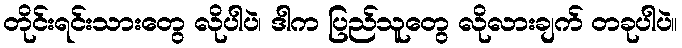
တိုင်းရင်းသားတွေ လိုပါပဲ၊ ဒါက ပြည်သူတွေ လိုလားချက် တခုပါပဲ။